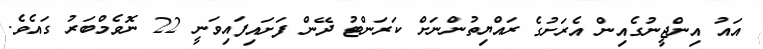
އައު އިންޖީނުގެއިން އެރަށުގެ ރައްޔިތުންނަށް ކަރަންޓު ދޭން ފަށައިފައިވަނީ 22 ނޮވެމްބަރު ގައެވެ.